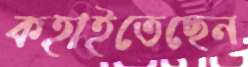
কহাইতেছেন